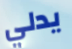
يدلي